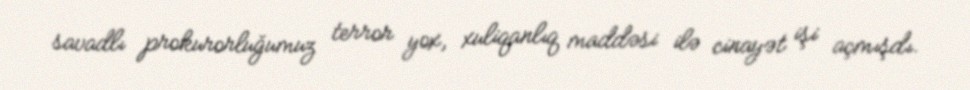
savadlı prokurorluğumuz terror yox, xuliqanlıq maddəsi ilə cinayət işi açmışdı.